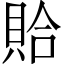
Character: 𫎖